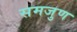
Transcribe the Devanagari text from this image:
समजुण